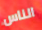
الناس